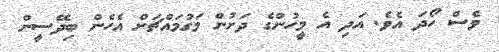
ވެސް ހޯދަ އެވެ. އަދި އެ މީހުންގެ ދަށުން މަގުމައްޗަށް އެހެން ބިދޭސީން